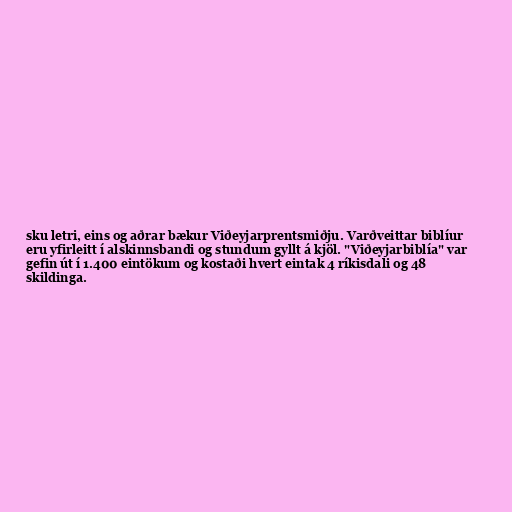
sku letri, eins og aðrar bækur Viðeyjarprentsmiðju. Varðveittar biblíur
eru yfirleitt í alskinnsbandi og stundum gyllt á kjöl. "Viðeyjarbiblía" var
gefin út í 1.400 eintökum og kostaði hvert eintak 4 ríkisdali og 48
skildinga.